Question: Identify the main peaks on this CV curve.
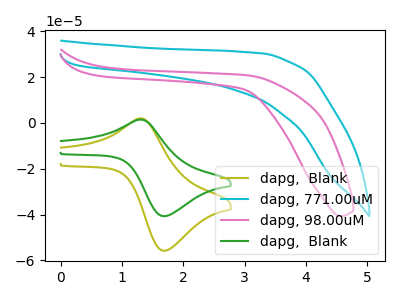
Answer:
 <answer>The olive curve "dapg,  Blank" has an anodic peak at (1.30V, 2.05uA) and a cathodic peak at (1.70V, -55.75uA). The cyan curve "dapg, 771.00uM" has no peaks. The pink curve "dapg, 98.00uM" has no peaks. The green curve "dapg,  Blank" has an anodic peak at (1.30V, 1.50uA) and a cathodic peak at (1.70V, -40.70uA).</answer>
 <eval></eval>